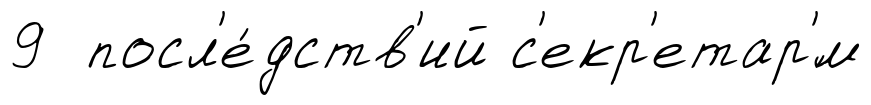
9 посл'е́дств'ий с'екр'етар'́м